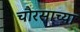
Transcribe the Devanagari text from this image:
चौरसाच्या